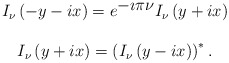
\begin{align*}\begin{array}{c} I_\nu\left( -y - i x\right)= e^{\displaystyle{-\imath\pi\nu}} I_\nu\left( y + i x\right) \\ \\ I_\nu\left( y + i x\right)= \left( I_\nu\left( y - i x\right) \right)^*.\end{array}\end{align*}